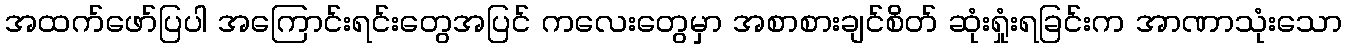
အထက်ဖော်ပြပါ အကြောင်းရင်းတွေအပြင် ကလေးတွေမှာ အစာစားချင်စိတ် ဆုံးရှုံးရခြင်းက အာဏာသုံးသော